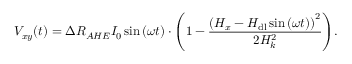
V _ { x y } ( t ) = \Delta R _ { A H E } I _ { 0 } \sin { ( \omega t ) } \cdot { \left( 1 - \frac { \left( H _ { x } - H _ { \mathrm { d l } } \sin { ( \omega t ) } \right) ^ { 2 } } { 2 H _ { k } ^ { 2 } } \right) } .